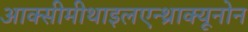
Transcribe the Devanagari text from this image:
आक्सीमीथाइलएन्थ्राक्यूनोन